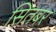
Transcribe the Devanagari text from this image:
सितबर